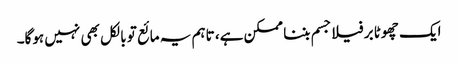
ایک چھوٹا برفیلا جسم بننا ممکن ہے، تاہم یہ مائع تو بالکل بھی نہیں ہوگا۔